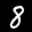
Label: 8